Vaccination report Assam 1874-1896 - 1874-1896
Year: 1874
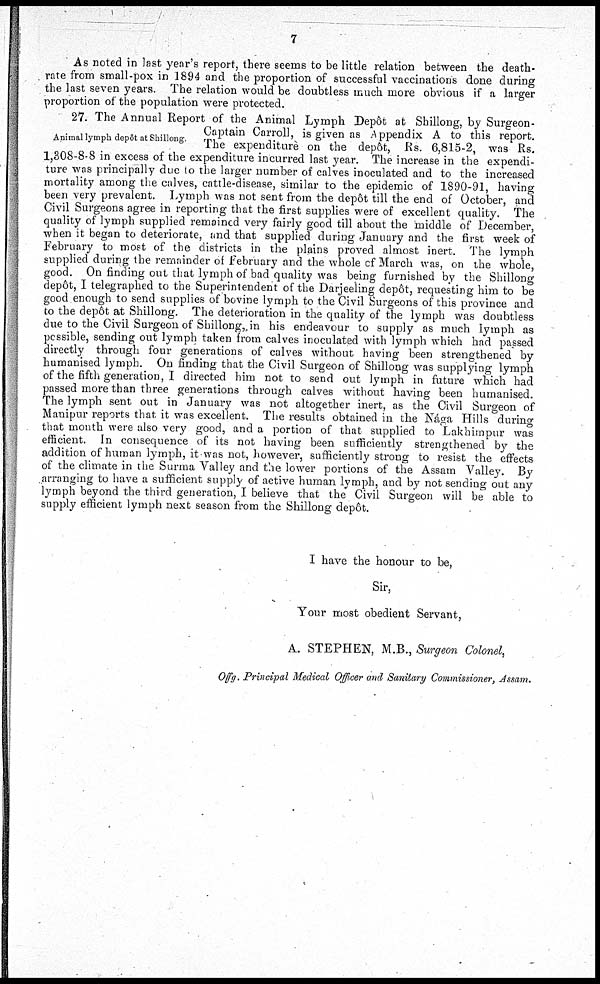
7
As noted in last year's report, there seems to be little relation between the death-
rate from small-pox in 1894 and the proportion of successful vaccinations done during
the last seven years. The relation would be doubtless much more obvious if a larger
proportion of the population were protected.
Animal lymph depôt at Shillong.
27. The Annual Report of the Animal Lymph Depôt at Shillong, by Surgeon-
Captain Carroll, is given as Appendix A to this report.
The expenditure on the depôt, Rs. 6,815-2, was Rs.
1,308-8-8 in excess of the expenditure incurred last year. The increase in the expendi-
ture was principally due to the larger number of calves inoculated and to the increased
mortality among the calves, cattle-disease, similar to the epidemic of 1890-91, having
been very prevalent. Lymph was not sent from the depôt till the end of October, and
Civil Surgeons agree in reporting that the first supplies were of excellent quality. The
quality of lymph supplied remained very fairly good till about the middle of December,
when it began to deteriorate, and that supplied during January and the first week of
February to most of the districts in the plains proved almost inert. The lymph
supplied during the remainder of February and the whole of March was, on the whole,
good. On finding out that lymph of bad quality was being furnished by the Shillong
depôt, I telegraphed to the Superintendent of the Darjeeling depôt, requesting him to be
good enough to send supplies of bovine lymph to the Civil Surgeons of this province and
to the depôt at Shillong. The deterioration in the quality of the lymph was doubtless
due to the Civil Surgeon of Shillong, in his endeavour to supply as much lymph as
possible, sending out lymph taken from calves inoculated with lymph which had passed
directly through four generations of calves without having been strengthened by
humanised lymph. On finding that the Civil Surgeon of Shillong was supplying lymph
of the fifth generation, I directed him not to send out lymph in future which had
passed more than three generations through calves without having been humanised.
The lymph sent out in January was not altogether inert, as the Civil Surgeon of
Manipur reports that it was excellent. The results obtained in the Nága Hills during
that month were also very good, and a portion of that supplied to Lakhimpur was
efficient. In consequence of its not having been sufficiently strengthened by the
addition of human lymph, it was not, however, sufficiently strong to resist the effects
of the climate in the Surma Valley and the lower portions of the Assam Valley. By
arranging to have a sufficient supply of active human lymph, and by not sending out any
lymph beyond the third generation, I believe that the Civil Surgeon will be able to
supply efficient lymph next season from the Shillong depô .
I have the honour to be,
Sir,
Your most obedient Servant,
A. STEPHEN, M.B., Surgeon Colonel,
Offg. Principal Medical Officer and Sanitary Commissioner, Assam.